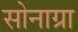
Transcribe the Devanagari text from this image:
सोनाग्रा